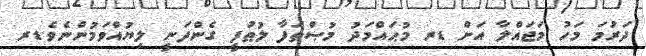
ދަރުމަ މަހު މަޖައްލާ އަށް ޑރ މުޙައްމަދު މުޞްޠަފާ ލުޠުފީ ގެންދަނީ ލިޔުއްވަމުންނެވެ.ޑރ